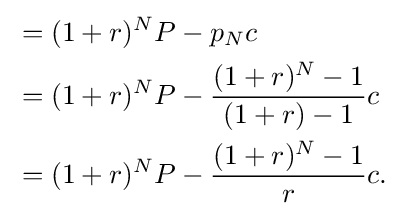
{\begin{aligned}&{}=(1+r)^{N}P-p_{N}c\\&{}=(1+r)^{N}P-{\frac {(1+r)^{N}-1}{(1+r)-1}}c\\&{}=(1+r)^{N}P-{\frac {(1+r)^{N}-1}{r}}c.\end{aligned}}